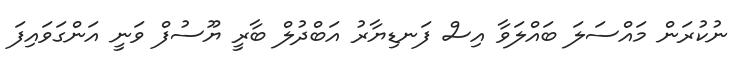
ނުކުރަން މައްސަލަ ބައްލަވާ އިސް ފަނޑިޔާރު އަބްދުލް ބާރީ ޔޫސުފް ވަނީ އަންގަވައިފަ